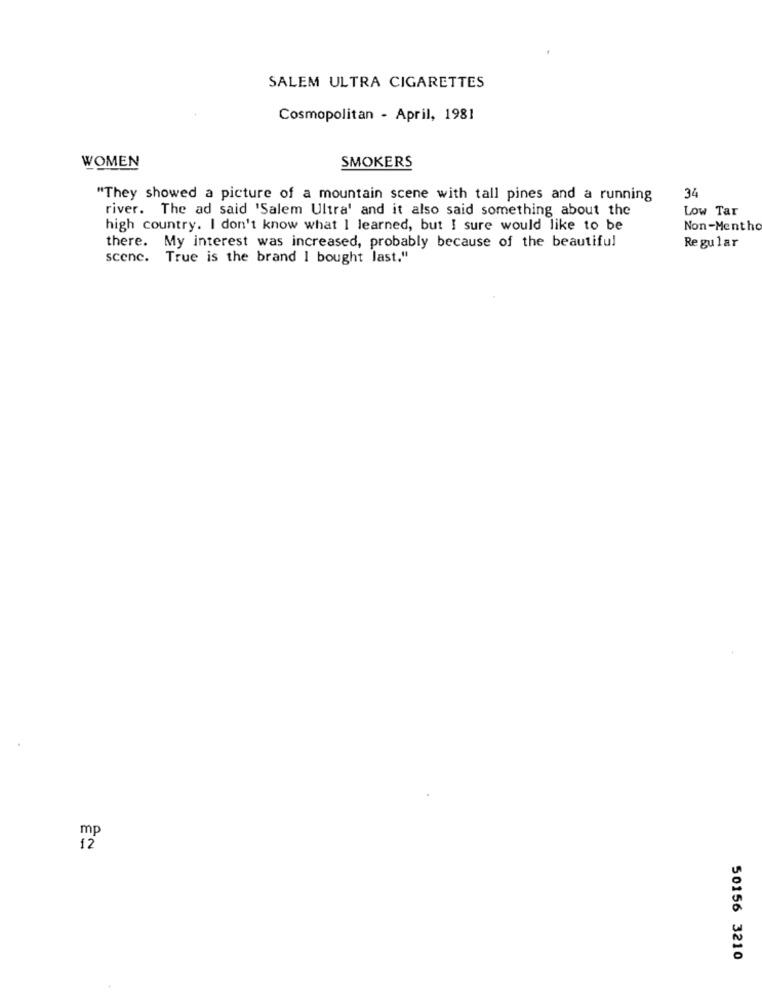
SALEM ULTRA CIGARETTES
Cosmopolitan - April, 1981
WOMEN
SMOKERS
"They showed a picture of a mountain scene with tall pines and a running
34
river. The ad said 'Salem Ultra' and it also said something about the
Low Tar
high country. I don't know what I learned, but I sure would like to be
Non-Mentho
there. My interest was increased, probably because of the beautiful
Regular
scene. True is the brand I bought last."
mp
12
50156 3210